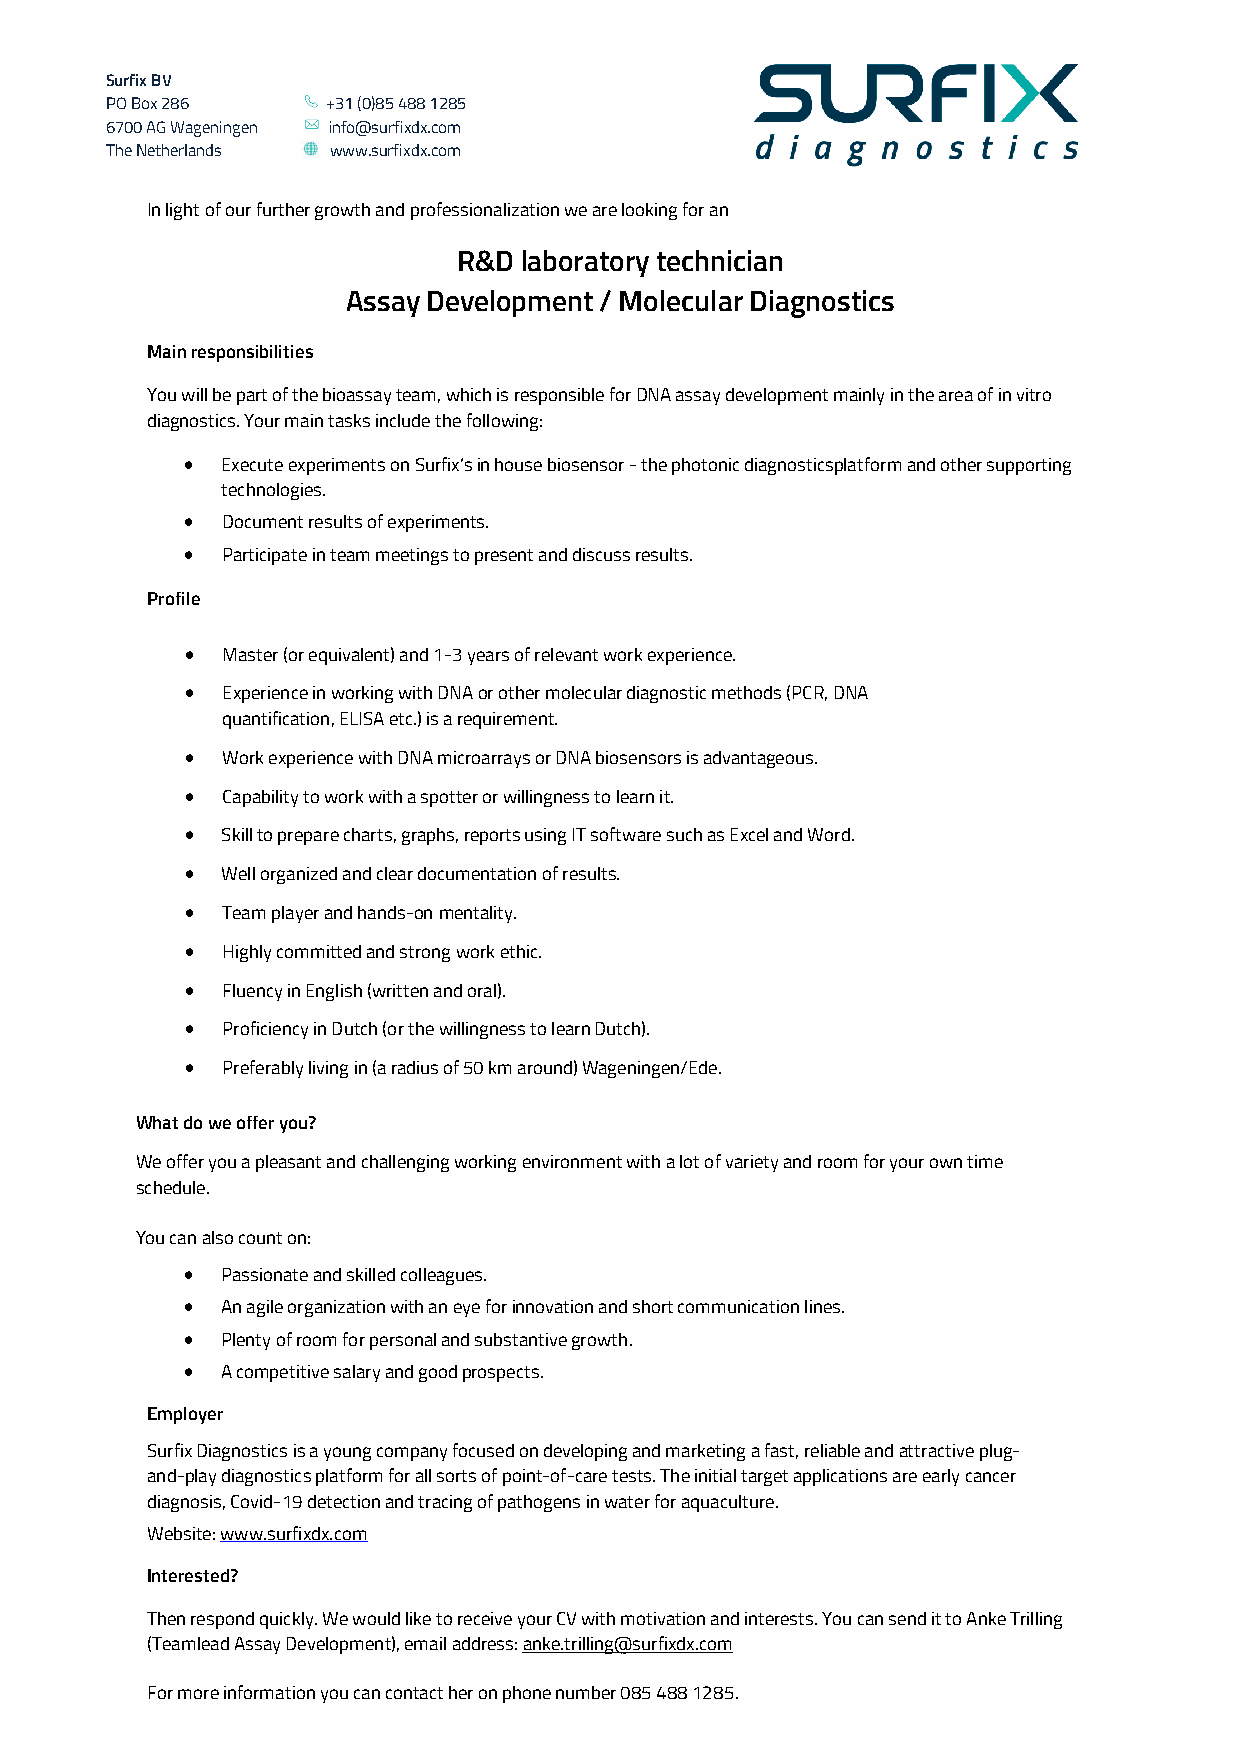
Surfix BV
 PO Box 286     +31 (0)85 488 1285
 6700 AG Wageningen info@surfixdx.com
 The Netherlands www.surfixdx.com
 In light of our further growth and professionalization we are looking for an
 R&D laboratory technician
 Assay Development / Molecular Diagnostics
 Main responsibilities
 You will be part of the bioassay team, which is responsible for DNA assay development mainly in the area of in vitro
 diagnostics. Your main tasks include the following:
   Execute experiments on Surfix’s in house biosensor - the photonic diagnostics platform and other supporting
 technologies.
   Document results of experiments.
   Participate in team meetings to present and discuss results.
 Profile
   Master (or equivalent) and 1-3 years of relevant work experience.
   Experience in working with DNA or other molecular diagnostic methods (PCR, DNA
 quantification, ELISA etc.) is a requirement.
   Work experience with DNA microarrays or DNA biosensors is advantageous.
   Capability to work with a spotter or willingness to learn it.
   Skill to prepare charts, graphs, reports using IT software such as Excel and Word.
   Well organized and clear documentation of results.
   Team player and hands-on mentality.
   Highly committed and strong work ethic.
   Fluency in English (written and oral).
   Proficiency in Dutch (or the willingness to learn Dutch).
   Preferably living in (a radius of 50 km around) Wageningen/Ede.
 What do we offer you?
 We offer you a pleasant and challenging working environment with a lot of variety and room for your own time
 schedule.
 You can also count on:
   Passionate and skilled colleagues.
   An agile organization with an eye for innovation and short communication lines.
   Plenty of room for personal and substantive growth.
   A competitive salary and good prospects.
 Employer
 Surfix Diagnostics is a young company focused on developing and marketing a fast, reliable and attractive plug-
 and-play diagnostics platform for all sorts of point-of-care tests. The initial target applications are early cancer
 diagnosis, Covid-19 detection and tracing of pathogens in water for aquaculture.
 Website: www.surfixdx.com
 Interested?
 Then respond quickly. We would like to receive your CV with motivation and interests. You can send it to Anke Trilling
 (Teamlead Assay Development), email address: anke.trilling@surfixdx.com
 For more information you can contact her on phone number 085 488 1285.